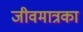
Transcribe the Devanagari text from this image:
जीवमात्रका